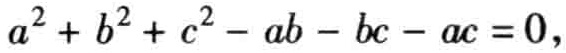
\(a^{2}+b^{2}+c^{2}-ab - bc - ac = 0\)